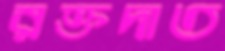
রক্তদাত